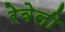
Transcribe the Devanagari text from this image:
रेवेली